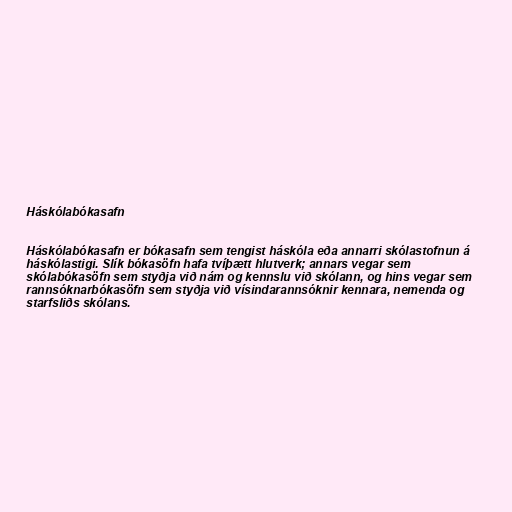
Háskólabókasafn

Háskólabókasafn er bókasafn sem tengist háskóla eða annarri skólastofnun á
háskólastigi. Slík bókasöfn hafa tvíþætt hlutverk; annars vegar sem
skólabókasöfn sem styðja við nám og kennslu við skólann, og hins vegar sem
rannsóknarbókasöfn sem styðja við vísindarannsóknir kennara, nemenda og
starfsliðs skólans.